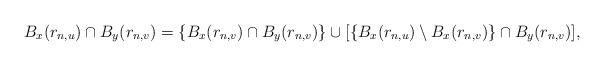
LaTeX: \begin{align*}B_x(r_{n,u}) \cap B_y(r_{n,v}) = \{B_x(r_{n,v}) \cap B_y(r_{n,v}) \} \cup [ \{B_x(r_{n,u}) \setminus B_x(r_{n,v})\} \cap B_y(r_{n,v}) ],\end{align*}